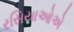
રસિયાઓએ